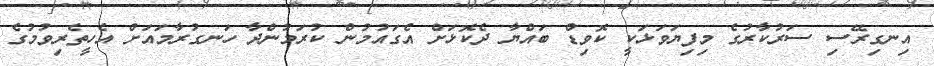
އިނގިރޭސި ސަރުކާރުގެ މިފިޔަވަޅަކީ ކޮވިޑް ބައްޔާ ދެކޮޅަށް އެގައުމުން ކުރަމުންދާ ހަނގުރާމައަށް އެހީތެރިވުމުގެ